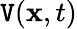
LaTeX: \mathtt{V}(\textbf{{x}},t)